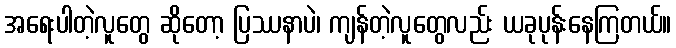
အရေးပါတဲ့လူတွေ ဆိုတော့ ပြဿနာပဲ၊ ကျန်တဲ့လူတွေလည်း ယခုပုန်းနေကြတယ်။